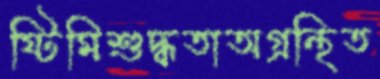
ষ্টিমিশুদ্ধতাঅগ্রন্থিত